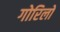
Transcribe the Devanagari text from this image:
गोरिलों